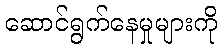
ဆောင်ရွက်နေမှုများကို